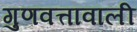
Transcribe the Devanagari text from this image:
गुणवत्तावाली